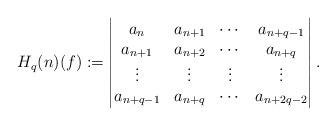
LaTeX: \begin{align*}H_{q}(n)(f):=\begin{vmatrix}a_{n} & a_{n+1} &\cdots& a_{n+q-1}\\ a_{n+1} & a_{n+2} &\cdots& a_{n+q} \\ \vdots & \vdots & \vdots & \vdots \\ a_{n+q-1} & a_{n+q} &\cdots& a_{n+2q-2}\end{vmatrix}.\end{align*}